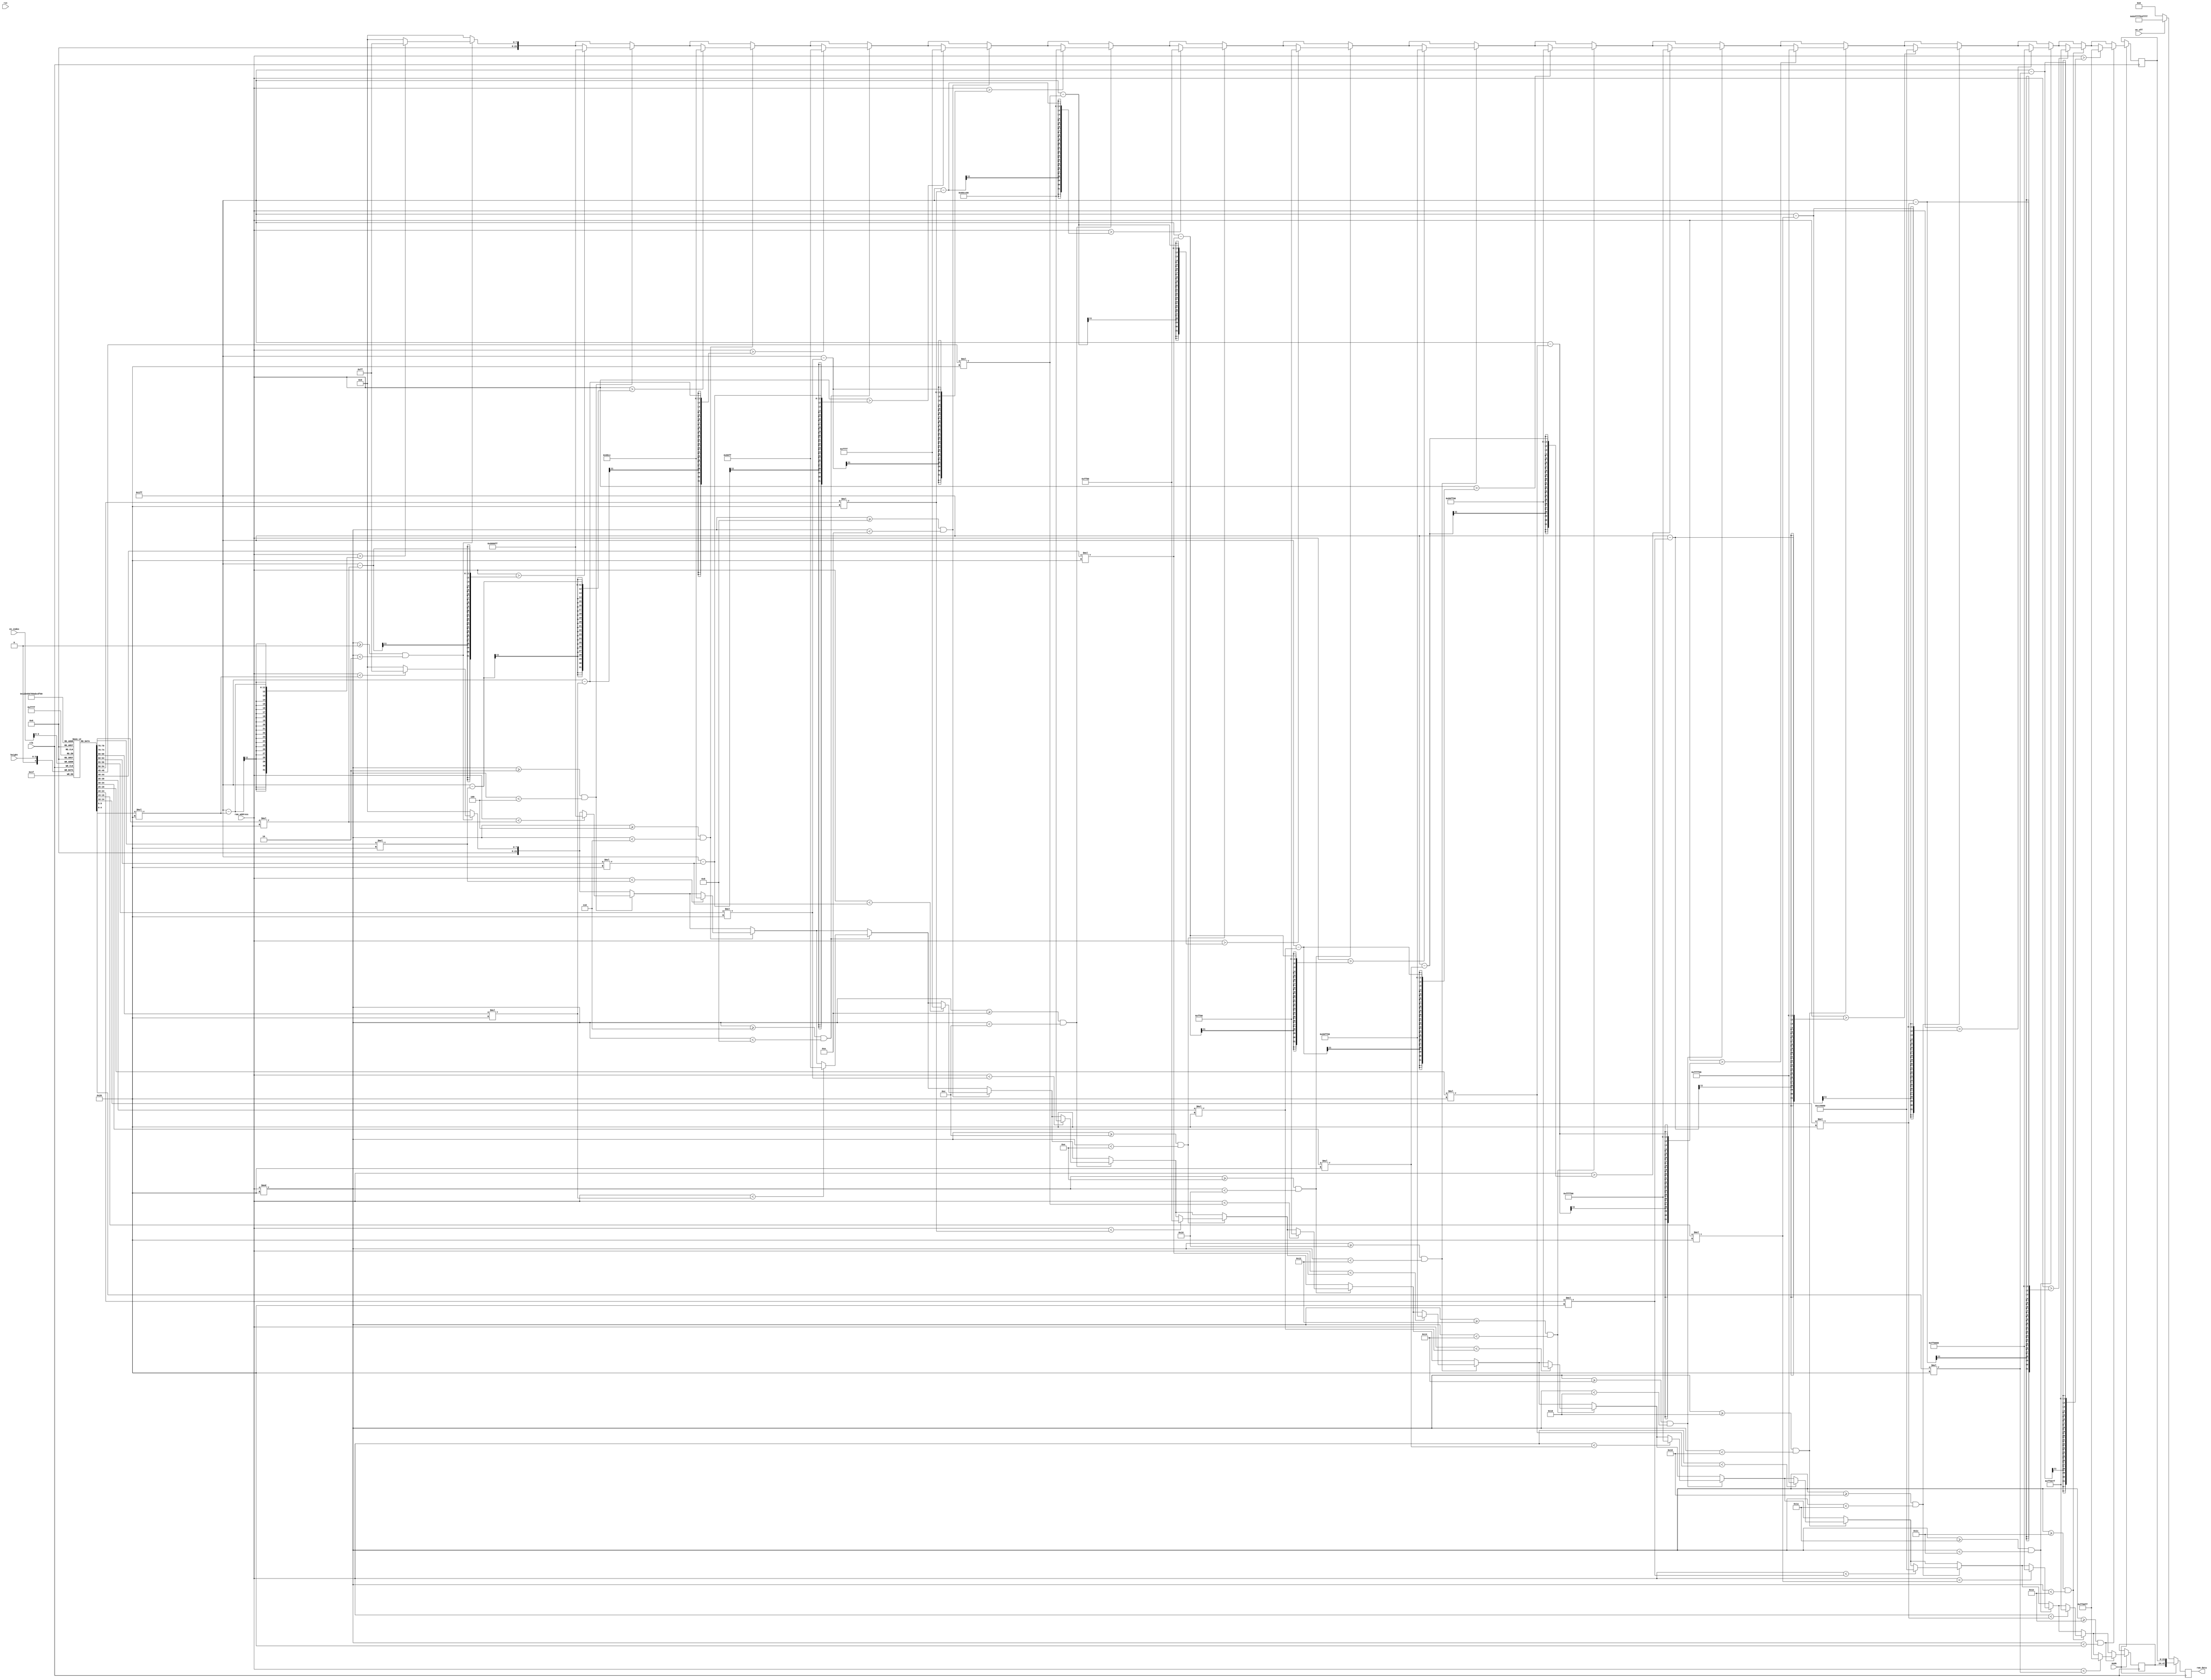
`timescale 1ns / 1ps
//////////////////////////////////////////////////////////////////////////////////
// Company: 
// Engineer: 
// 
// Design Name: 
// Module Name:    animation 
// Project Name: 
// Target Devices: 
// Tool versions: 
// Description: 
//
// Dependencies: 
//
// Revision: 
// Revision 0.01 - File Created
// Additional Comments: 
//
//////////////////////////////////////////////////////////////////////////////////
module animationV(clk, rst, height, ram_address, ram_data, mode, on_off, xn_index);
input clk, rst, mode, on_off; //0 is home mode; 1 is party mode 
input [8:0] ram_address;
input [7:0] xn_index;
output reg [47:0] ram_data;
reg [23:0] top, bottom;

input[3:0] height;
//wire [4:0] temp_height;
//reg [5:0] inner_height;
//reg [23:0] color;
integer i = 0;
reg [3:0] temp_height;
reg [4:0] mem [0:15] ;
//reg [5:0] mem_1 [0:15] ;
reg [7:0] temp_index;
//reg [4:0] height_temp;
//reg [3:0] height_top;
//reg [3:0] height_bottom;

parameter Red 			= {8'd0  , 8'd0,   8'd255};
parameter Tuna 		= {8'd153, 8'd153, 8'd255};
parameter Brwn 		= {8'd0  , 8'd104, 8'd204};
parameter Orange 		= {8'd0  , 8'd128, 8'd255};
parameter Yellow 		= {8'd0  , 8'd255, 8'd255};
parameter Yellow2 	= {8'd102, 8'd204, 8'd0  };
parameter Green 		= {8'd0  , 8'd255, 8'd128};
parameter DrkGreen 	= {8'd0  , 8'd255, 8'd0  };
parameter LgtGreen 	= {8'd153, 8'd255, 8'd153};
parameter LgtGreen2	= {8'd128, 8'd255, 8'd0  };
parameter Cyan 		= {8'd255, 8'd255, 8'd0  };
parameter Sky 			= {8'd255, 8'd255, 8'd153};
parameter DrkBlue 	= {8'd204, 8'd102, 8'd0  };
parameter Blue 		= {8'd255, 8'd0,   8'd0  };
parameter Purple 		= {8'd255, 8'd0,   8'd127};
parameter Pink 		= {8'd255, 8'd0,   8'd255};
parameter Pink2 		= {8'd127, 8'd0,   8'd255};

//assign temp_height = (((height >>> 15) ^ height) - (height >>> 15))  >> 4;
initial begin
top<=0;
bottom<=0;
ram_data <=0;
//inner_height<=0;
//color<=0;
//addsub<=0;
//temp_index <= 0;
for (i = 0;i<16; i = i+1) begin
	mem[i] <= 4'b0;
end
end

//Top half of panel is controlled by last 24 bits of ram_data
always @(posedge clk) begin
	///temp_height <= height;
	//if (temp_height != height) begin // new data coming in
		mem[xn_index] <= {1'b0, height};
	//end
end


always @ (posedge clk) begin

	
if ( mode == 1'b1) begin
	//if (ram_address == 0) begin
	//	color<= color+1'b1;
	//	inner_height<={0,height};
	//end
	bottom <= {24{1'b0}};
	top <= {24{1'b0}};
		if (ram_address % 32 >= 0 && ram_address % 32 < 2) begin
			if (ram_address > 512 - 1 - $unsigned(mem[0]) * 32) begin
				top <= Red;
			end
			if (ram_address < $unsigned(mem[0]) * 32) begin
				bottom <= Red;
			end
		end


		if (ram_address % 32 >= 2 && ram_address % 32 < 4) begin
			if (ram_address > 512 - 1 - $unsigned(mem[1]) * 32) begin
				top <= Tuna;
			end
			if (ram_address < $unsigned(mem[1]) * 32) begin
				bottom <= Tuna;
			end
		end

		if (ram_address % 32 >= 4 && ram_address % 32 < 6) begin
			if (ram_address > 512 - 1 - $unsigned(mem[2]) * 32) begin
				top <= Brwn;
			end
			if (ram_address < $unsigned(mem[2]) * 32) begin
				bottom <= Brwn;
			end
		end

		if (ram_address % 32 >= 6 && ram_address % 32 < 8) begin
			if (ram_address > 512 - 1 - $unsigned(mem[3]) * 32) begin
				top <= Orange;
			end
			if (ram_address < $unsigned(mem[3]) * 32) begin
				bottom <= Orange;
			end
		end

		if (ram_address % 32 >= 8 && ram_address % 32 < 10) begin
			if (ram_address > 512 - 1 - $unsigned(mem[4]) * 32) begin
				top <= Yellow;
			end
			if (ram_address < $unsigned(mem[4]) * 32) begin
				bottom <= Yellow;
			end
		end

		if (ram_address % 32 >= 10 && ram_address % 32 < 12) begin
			if (ram_address > 512 - 1 - $unsigned(mem[5]) * 32) begin
				top <= Yellow2;
			end
			if (ram_address < $unsigned(mem[5]) * 32) begin
				bottom <= Yellow2;
			end
		end

		if (ram_address % 32 >= 12 && ram_address % 32 < 14) begin
			if (ram_address > 512 - 1 - $unsigned(mem[6]) * 32) begin
				top <= Green;
			end
			if (ram_address < $unsigned(mem[6]) * 32) begin
				bottom <= Green;
			end
		end

		if (ram_address % 32 >= 14 && ram_address % 32 < 16) begin
			if (ram_address > 512 - 1 - $unsigned(mem[7]) * 32) begin
				top <= DrkGreen;
			end
			if (ram_address < $unsigned(mem[7]) * 32) begin
				bottom <= DrkGreen;
			end
		end

		if (ram_address % 32 >= 16 && ram_address % 32 < 18) begin
			if (ram_address > 512 - 1 - $unsigned(mem[8]) * 32) begin
				top <= LgtGreen;
			end
			if (ram_address < $unsigned(mem[8]) * 32) begin
				bottom <= LgtGreen;
			end
		end

		if (ram_address % 32 >= 18 && ram_address % 32 < 20) begin
			if (ram_address > 512 - 1 - $unsigned(mem[9]) * 32) begin
				top <= LgtGreen2;
			end
			if (ram_address < $unsigned(mem[9]) * 32) begin
				bottom <= LgtGreen2;
			end
		end

		if (ram_address % 32 >= 20 && ram_address % 32 < 22) begin
			if (ram_address > 512 - 1 - $unsigned(mem[10]) * 32) begin
				top <= Cyan;
			end
			if (ram_address < $unsigned(mem[10]) * 32) begin
				bottom <= Cyan;
			end
		end

		if (ram_address % 32 >= 22 && ram_address % 32 < 24) begin
			if (ram_address > 512 - 1 - $unsigned(mem[11]) * 32) begin
				top <= Sky;
			end
			if (ram_address < $unsigned(mem[11]) * 32) begin
				bottom <= Sky;
			end
		end

		if (ram_address % 32 >= 24 && ram_address % 32 < 26) begin
			if (ram_address > 512 - 1 - $unsigned(mem[12]) * 32) begin
				top <= DrkBlue;
			end
			if (ram_address < $unsigned(mem[12]) * 32) begin
				bottom <= DrkBlue;
			end
		end

		if (ram_address % 32 >= 26 && ram_address % 32 < 28) begin
			if (ram_address > 512 - 1 - $unsigned(mem[13]) * 32) begin
				top <= Blue;
			end
			if (ram_address < $unsigned(mem[13]) * 32) begin
				bottom <= Blue;
			end
		end

		if (ram_address % 32 >= 28 && ram_address % 32 < 30) begin
			if (ram_address > 512 - 1 - $unsigned(mem[14]) * 32) begin
				top <= Purple;
			end
			if (ram_address < $unsigned(mem[14]) * 32) begin
				bottom <= Purple;
			end
		end

		if (ram_address % 32 >= 30 && ram_address % 32 < 32) begin
			if (ram_address > 512 - 1 - $unsigned(mem[15]) * 32) begin
				top <= Pink;
			end
			if (ram_address < $unsigned(mem[15]) * 32) begin
				bottom <= Pink;
			end
		end


	
	/*
		if (ram_address % 32 >= 0 && ram_address % 32 < 2) begin
			if (ram_address > 512 - 1 - $unsigned(mem[0]) * 32) begin
				top <= Red;
			end
			//if (ram_address < $unsigned(mem_1[0]) * 32) begin
			else if (ram_address > 512 - 1 - $unsigned(mem_1[0]) * 32) begin
				bottom <= Red;
			end
			else begin
				bottom <= {24{1'b0}};
				top <= {24{1'b0}};
			end
		end
		else if (ram_address % 32 >= 2 && ram_address % 32 < 4) begin
			if (ram_address > 512 - 1 - $unsigned(mem[1]) * 32) begin
				top <= Tuna;
			end
			else if (ram_address > 512 - 1 - $unsigned(mem_1[1]) * 32) begin
				bottom <= Tuna;
			end
			else begin
				bottom <= {24{1'b0}};
				top <= {24{1'b0}};
			end
		end
		
		else if (ram_address % 32 >= 4 && ram_address % 32 < 6) begin
			if (ram_address > 512 - 1 - $unsigned(mem[2]) * 32) begin
				top <= Brwn;
			end
			else if (ram_address > 512 - 1 - $unsigned(mem_1[2]) * 32) begin
				bottom <= Brwn;
			end
			else begin
				bottom <= {24{1'b0}};
				top <= {24{1'b0}};
			end
		end
	
		else if (ram_address % 32 >= 6 && ram_address % 32 < 8) begin
			if (ram_address > 512 - 1 - $unsigned(mem[3]) * 32) begin
				top <= Orange;
			end
			else if (ram_address > 512 - 1 - $unsigned(mem_1[3]) * 32) begin
				bottom <= Orange;
			end
			else begin
				bottom <= {24{1'b0}};
				top <= {24{1'b0}};
			end
		end

		else if (ram_address % 32 >= 8 && ram_address % 32 < 10) begin
			if (ram_address > 512 - 1 - $unsigned(mem[4]) * 32) begin
				top <= Yellow;
			end
			else if (ram_address > 512 - 1 - $unsigned(mem_1[4]) * 32) begin
				bottom <= Yellow;
			end
			else begin
				bottom <= {24{1'b0}};
				top <= {24{1'b0}};
			end
		end
	
		else if (ram_address % 32 >= 10 && ram_address % 32 < 12) begin
			if (ram_address > 512 - 1 - $unsigned(mem[5]) * 32) begin
				top <= Yellow2;
			end
			else if (ram_address > 512 - 1 - $unsigned(mem_1[5]) * 32) begin
				bottom <= Yellow2;
			end
			else begin
				bottom <= {24{1'b0}};
				top <= {24{1'b0}};
			end
		end

		else if (ram_address % 32 >= 12 && ram_address % 32 < 14) begin
			if (ram_address > 512 - 1 - $unsigned(mem[6]) * 32) begin
				top <= Green;
			end
			else if (ram_address > 512 - 1 - $unsigned(mem_1[6]) * 32) begin
				bottom <= Green;
			end
			else begin
				bottom <= {24{1'b0}};
				top <= {24{1'b0}};
			end
		end
	

		else if (ram_address % 32 >= 14 && ram_address % 32 < 16) begin
			if (ram_address > 512 - 1 - $unsigned(mem[7]) * 32) begin
				top <= DrkGreen;
			end
			else if (ram_address > 512 - 1 - $unsigned(mem_1[7]) * 32) begin
				bottom <= DrkGreen;
			end
			else begin
				bottom <= {24{1'b0}};
				top <= {24{1'b0}};
			end
		end
		else if (ram_address % 32 >= 16 && ram_address % 32 < 18) begin //only this two column works? yes?
			if (ram_address > 512 - 1 - $unsigned(mem[8]) * 32) begin
				top <= LgtGreen;
			end
			else if (ram_address > 512 - 1 - $unsigned(mem_1[8]) * 32) begin
				bottom <= LgtGreen;
			end
			else begin
				bottom <= {24{1'b0}};
				top <= {24{1'b0}};
			end
		end
		else if (ram_address % 32 >= 18 && ram_address % 32 < 20) begin
			if (ram_address > 512 - 1 - $unsigned(mem[9]) * 32) begin
				top <= LgtGreen2;
			end
			else if (ram_address > 512 - 1 - $unsigned(mem_1[9]) * 32) begin
				bottom <= LgtGreen2;
			end
			else begin
				bottom <= {24{1'b0}};
				top <= {24{1'b0}};
			end
		end
		else if (ram_address % 32 >= 20 && ram_address % 32 < 22) begin
			if (ram_address > 512 - 1 - $unsigned(mem[10]) * 32) begin
				top <= Cyan;
			end
			else if (ram_address > 512 - 1 - $unsigned(mem_1[10]) * 32) begin
				bottom <= Cyan;
			end
			else begin
				bottom <= {24{1'b0}};
				top <= {24{1'b0}};
			end
		end
	
		else if (ram_address % 32 >= 22 && ram_address % 32 < 24) begin
			if (ram_address > 512 - 1 - $unsigned(mem[11]) * 32) begin
				top <= Sky;
			end
			else if (ram_address > 512 - 1 - $unsigned(mem_1[11]) * 32) begin
				bottom <= Sky;
			end
			else begin
				bottom <= {24{1'b0}};
				top <= {24{1'b0}};
			end
		end

		else if (ram_address % 32 >= 24 && ram_address % 32 < 26) begin
			if (ram_address > 512 - 1 - $unsigned(mem[12]) * 32) begin
				top <= DrkBlue;
			end
			else if (ram_address > 512 - 1 - $unsigned(mem_1[12]) * 32) begin
				bottom <= DrkBlue;
			end
			else begin
				bottom <= {24{1'b0}};
				top <= {24{1'b0}};
			end
		end
	
		else if (ram_address % 32 >= 26 && ram_address % 32 < 28) begin
			if (ram_address > 512 - 1 - $unsigned(mem[13]) * 32) begin
				top <= Blue;
			end
			else if (ram_address > 512 - 1 - $unsigned(mem_1[13]) * 32) begin
				bottom <= Blue;
			end
			else begin
				bottom <= {24{1'b0}};
				top <= {24{1'b0}};
			end
		end

		else if (ram_address % 32 >= 28 && ram_address % 32 < 30) begin
			if (ram_address > 512 - 1 - $unsigned(mem[14]) * 32) begin
				top <= Purple;
			end
			else if (ram_address > 512 - 1 - $unsigned(mem_1[14]) * 32) begin
				bottom <= Purple;
			end
			else begin
				bottom <= {24{1'b0}};
				top <= {24{1'b0}};
			end
		end
	

		else if (ram_address % 32 >= 30 && ram_address % 32 < 32) begin
			if (ram_address > 512 - 1 - $unsigned(mem[15]) * 32) begin
				top <= Pink;
			end
			else if (ram_address > 512 - 1 - $unsigned(mem_1[15]) * 32) begin
				bottom <= Pink;
			end
			else begin
				bottom <= {24{1'b0}};
				top <= {24{1'b0}};
			end
		end
	*/
		
	/*
	if (ram_address > 512 - 1 - $unsigned(inner_height)* 32 ) begin
		top <= color;
		//bottom <= {24{1'b0}};
	end
	if (ram_address < $unsigned(inner_height) * 32) begin
		//top <= {24{1'b0}};
		bottom <= color;
	end
	*/
	ram_data <= {bottom, top};
end 
	
else begin
	if (on_off == 1'b1) begin
		ram_data <= {8'd179, 8'd255, 8'd255, 8'd179, 8'd255, 8'd255};
	end
	else begin
		ram_data <= 48'b0;
	end
end
	
end

endmodule